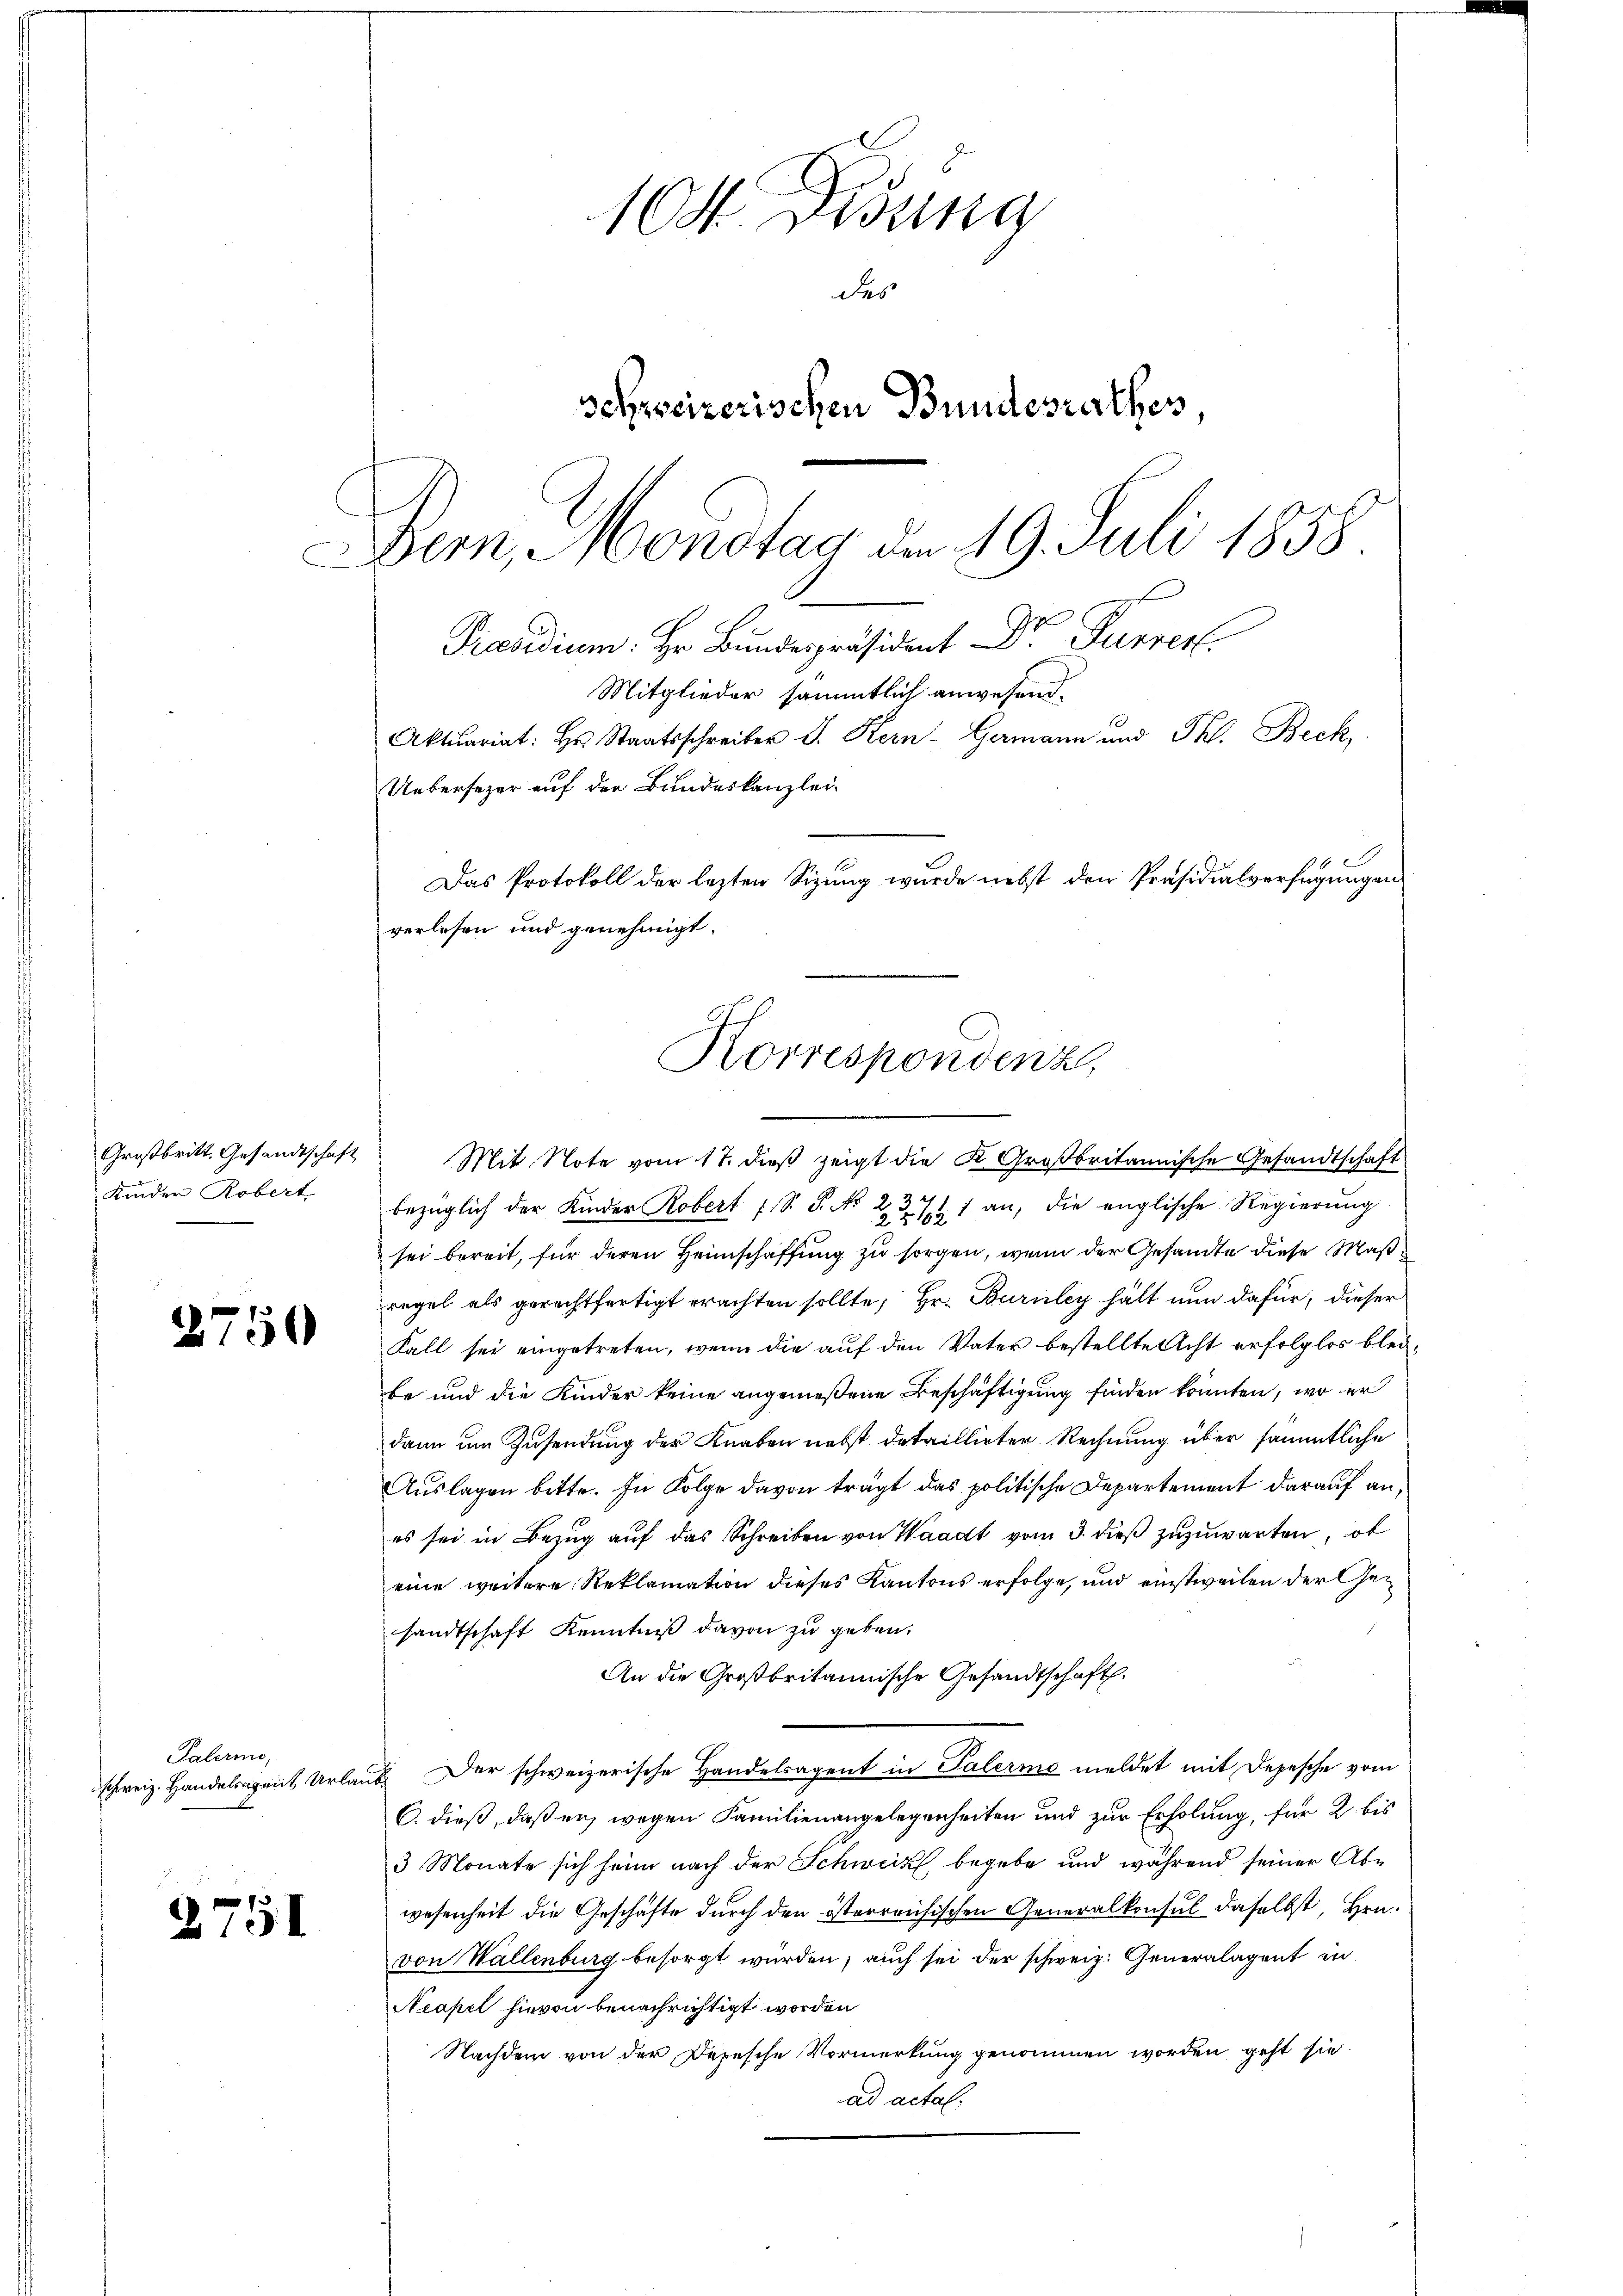
Großbritt. Gesandtschaft
Kinder Robert
.

2750

Palerie,
schweiz. Handelsgeiit Urla

2751

104. Disung
des
schweizerischen Bundesrathes,
Dem Mondtag der 19. Juli 1858

Präsidium. Hr. Bundespräsident Dr. Furrer
Mitglieder sämmtlich anwesend.
Uebersezer auf der Bundeskanzlei¬
Das Protokoll der lezten Sizung wurde nebst den Präsidialverfügungen
verlesen und genehmigt.
Korrespondenz,

Mit Note vom 17. dieß zeigt die K. Großbritannische Gesandtschaft
bezüglich der Kinder Robert (S. S. No 23. 71 an, die englische Regierŭng
sei bereit, für deren Heimschaffung zu sorgen, wenn der Gesandte diese Maßregel als gerechtfertigt erachten sollte, Hr. Burley hält nun dafür, dieser
Fall sei eingetreten, wenn die auf den Vater bestellte Acht erfolglos bleibe und die Kinder keine angemeßene Beschäftigung finden könnten, wo er
dann um Zusendung der Knaben nebst detaillirten Rechnung über sämmtliche
Auslagen bitte. In Folge davon trägt das politische Departement darauf an,
es sei in Bezug auf das Schreiben von Waadt vom 3. dieß zuzuwarten, ob
eine weitere Reklamation dieses Kantons erfolge, und einstweilen der Gesandtschaft Kenntniß davon zu geben.
An die Großbritannische Gesandtschaft.
 Der schweizerische Handelsagent in Palermo meldet mit Depesche vom
C. dieß, daß er, wegen Familienangelegenheiten und zur Erholung, für 2 bis
3 Monate sich heim nach der Schweiz begebe und während seiner Abwesenheit die Geschäfte durch den österreichischen Generalkonsul daselbst, Hrn.
von Wallenburg besorgt wurden; auch sei der schweiz. Generalagent in
Neapel hievon benachrichtigt worden
Nachdem von der Depesche Vormerkung genommen worden geht sie
ad actal.

Aktuariat: Hr. Staatsschreiber J. Kern-Gamann und Thl. Beck